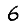
Digit: 6